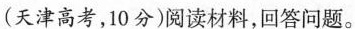
(天津高考，10分)阅读材料，回答问题。